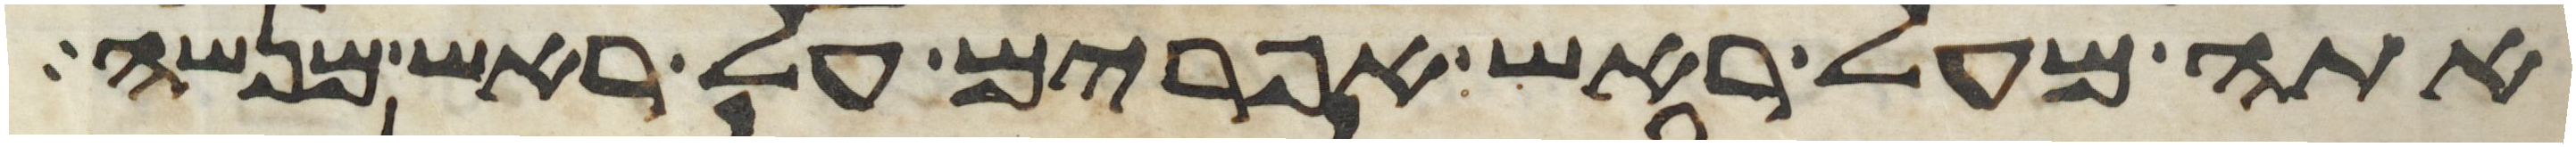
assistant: אתה מעל ראש אפרים על ראש מנשה